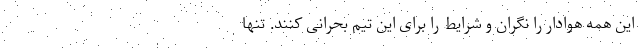
این همه هوادار را نگران و شرایط را برای این تیم بحرانی کنند. تنها